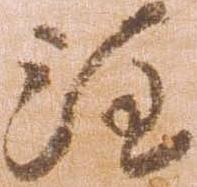
注